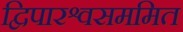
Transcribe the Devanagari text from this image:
द्विपारश्वसममित